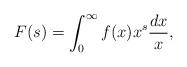
LaTeX: \begin{align*} F(s) = \int_0^\infty f(x) x^s \frac{dx}{x},\end{align*}